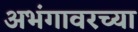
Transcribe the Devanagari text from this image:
अभंगावरच्या